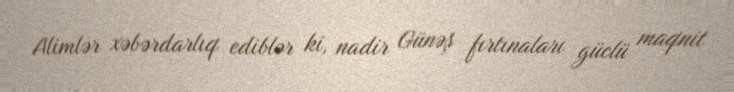
Alimlər xəbərdarlıq ediblər ki, nadir Günəş fırtınaları güclü maqnit